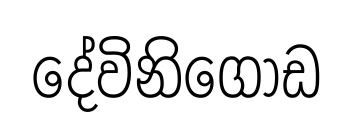
දේවිනිගොඩ